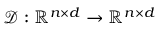
\mathcal { D } : \mathbb { R } ^ { n \times d } \rightarrow \mathbb { R } ^ { n \times d }